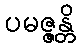
ပမဇ္ဇန္တိ